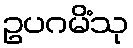
ဥပဂမိံသု